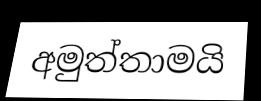
අමුත්තාමයි